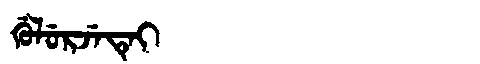
Manchu: ᡤᡠᠯᡠᡵᠵᡝᡨᡝᡳ
Romanization: GULURJETEI